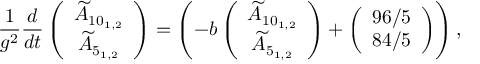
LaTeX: \frac { 1 } { g ^ { 2 } } \frac { d } { d t } \left( \begin{array} { c } { { \widetilde { A } _ { 1 0 _ { 1 , 2 } } } } \\ { { \widetilde { A } _ { 5 _ { 1 , 2 } } } } \end{array} \right) = \left( - b \left( \begin{array} { c } { { \widetilde { A } _ { 1 0 _ { 1 , 2 } } } } \\ { { \widetilde { A } _ { 5 _ { 1 , 2 } } } } \end{array} \right) + \left( \begin{array} { c } { { 9 6 / 5 } } \\ { { 8 4 / 5 } } \end{array} \right) \right) ,